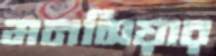
মনসিয়ার